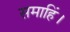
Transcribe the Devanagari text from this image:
समाहिं।